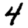
Digit: 4